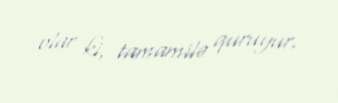
olar ki, tamamilə quruyur.